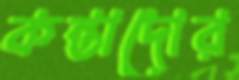
কন্তাদোর